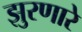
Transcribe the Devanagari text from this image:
झुरणारे